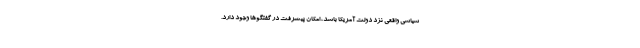
سیاسی واقعی نزد دولت آمریکا باشد، امکان پیشرفت در گفتگوها وجود دارد.